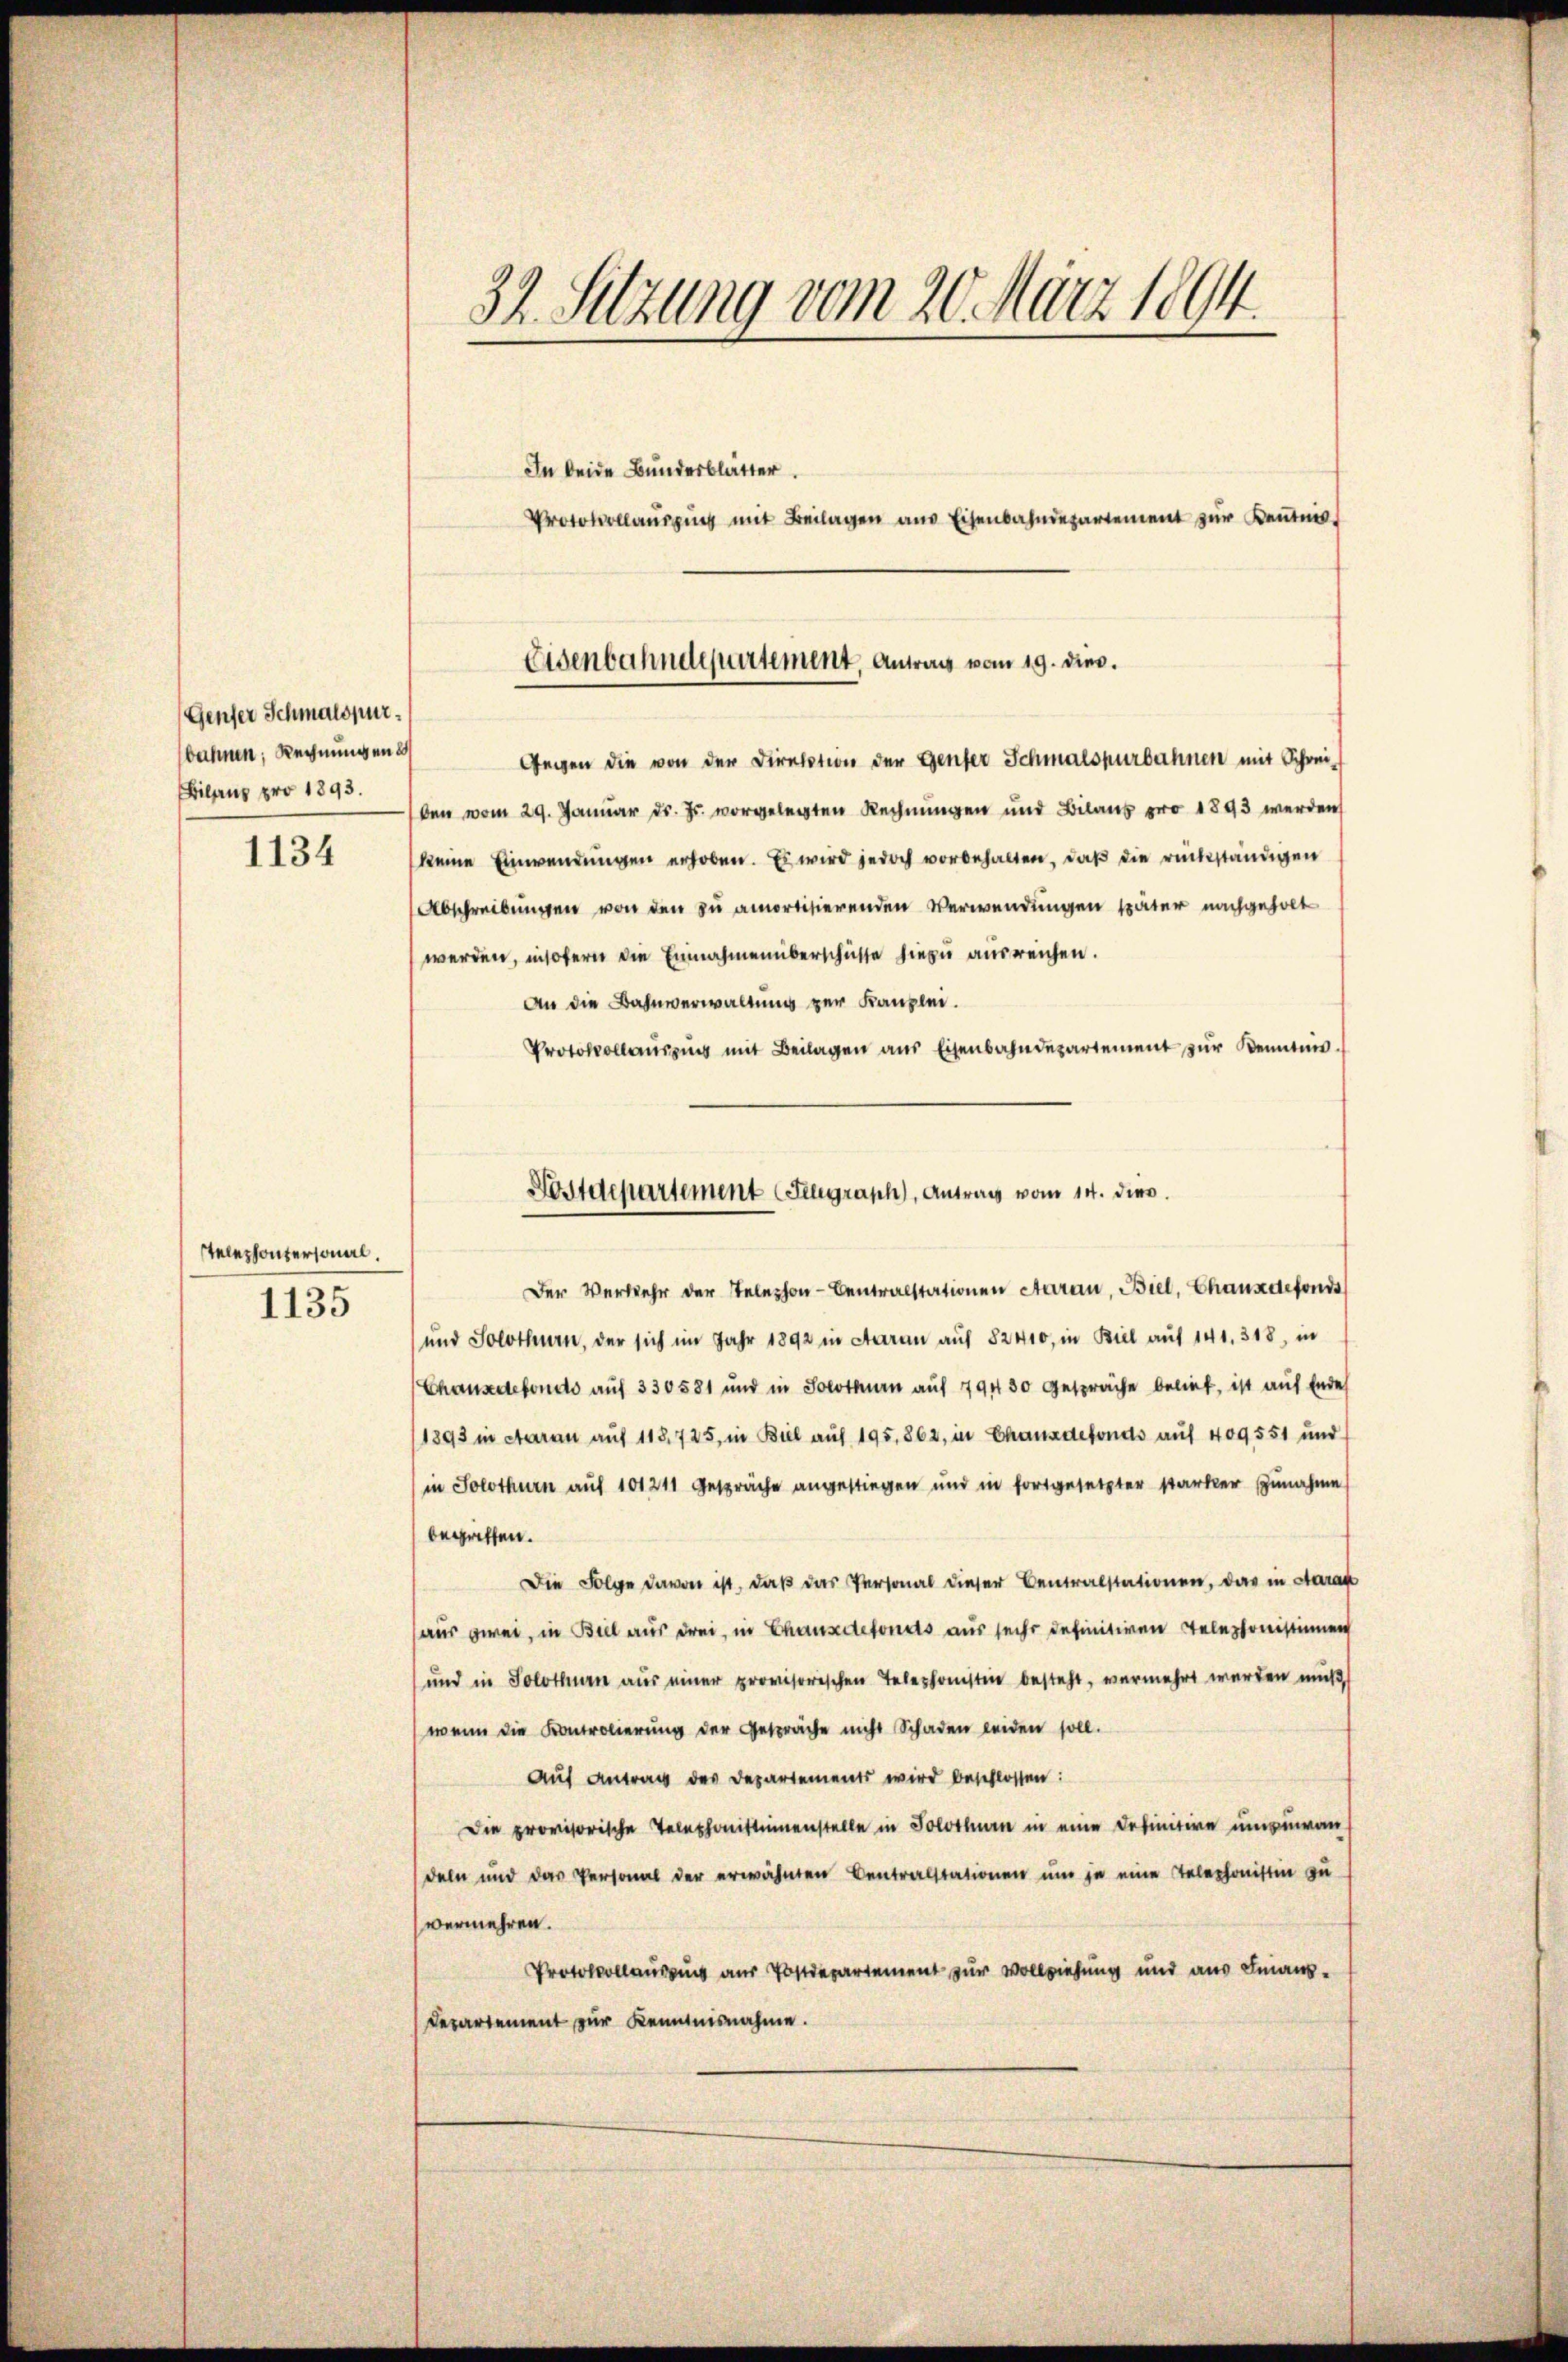
Genfer Schmalspur
bahnen, Rechnungen
Bilanz pro 1893.

1134

Telephontersonal.
1135

32 Sitzung vom 20. März 1894.

Gegen die von der Direktion der Genfer Schmalspurbahnen mit Schreiben vom 29. Januar d. Js. vorgelegten Rechnungen und Bilans pro 1893 werden
keine Einwendungen erhoben. Es wird jedoch vorbehalten, daß die rückständigen
Abschreibungen von den zu amortisierenden Verwendungen später nachgeholt
werden, insofern die Einnahmenüberschüsse hiezu ausreichen.
An die Bahnverwaltung zur Kanzlei.
Protokollausung mit Beilagen ans Eisenbahndepartement zŭr Kenntnis.
Der Verkehr der Telephon- Centralstationen Aarau, Biel, Chauxdefonds
und Solothurn, der sich im Jahr 1892 in Aarau auf 82410, in Biel auf 140. 318, in
Chausdefonds auf 330581 und in Solothurn auf 79430 gespräche belief, ist auf Endes
(1893 in Aarau auf 118, 725, in Biel auf 195, 862, in Chausdefonds auf 409551 und
in Solothurn auf 101211 gespräche angestiegen und in fortgesetzter starker Zunahme
begriffen.
Die Folge davon ist, daß das Personal dieser Centralstationen, das in Aarak
aus zwei, in Biel aus drei, in Chauxdefonds aus sechs definitiven Telephonistinnen
und in Solothurn aus einer provisorischen Telephonstin besteht, vermehrt werden muß,
wenn die Kontrolierung der Gespräche nicht Schaden leiden soll.
Auf Antrag des Departements wird beschlossen:
Die provisorische Telephonistinnenstelle in Solothurn in eine Definitive umzuwan
deln und das Personal der erwähnten Centralstationen um je eine Telephonistin zu
vermehren.
Protocollausung aus Postdepartement zur Vollziehung und aus Finanz¬
Departement zur Kenntnisnahme.

In beide Bundesblätter.
Protokollaŭszŭg mit Beilagen ans Eisenbahndepartement zur Kentner

Eisenbahndepartement, Antrag vom 19. dies.

Postdepartement (Seegraph, Antrag vom 14. dien.